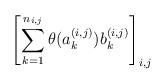
LaTeX: \begin{align*}\left[ \sum_{k=1}^{n_{i,j} } \theta(a_k^{(i,j)})b^{(i,j)}_k\right]_{i,j}\end{align*}